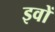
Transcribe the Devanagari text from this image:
इवों